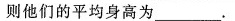
则他们的平均身高为___.